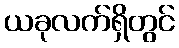
ယခုလက်ရှိတွင်